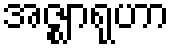
အဇ္ဈာရုဟာ